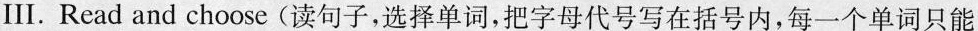
Ⅲ.Read and choose (读句子,选择单词,把字母代号写在括号内,每一个单词只能